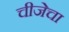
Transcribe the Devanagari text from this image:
चीजेचा